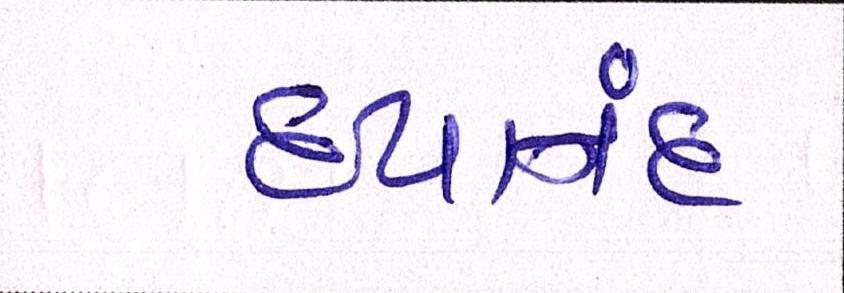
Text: દયાનંદ